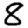
Digit: 8